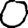
Digit: 0